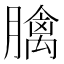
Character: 𦡬